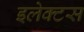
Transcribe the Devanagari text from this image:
इलेक्टस